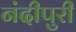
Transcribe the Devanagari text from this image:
नंदीपुरी